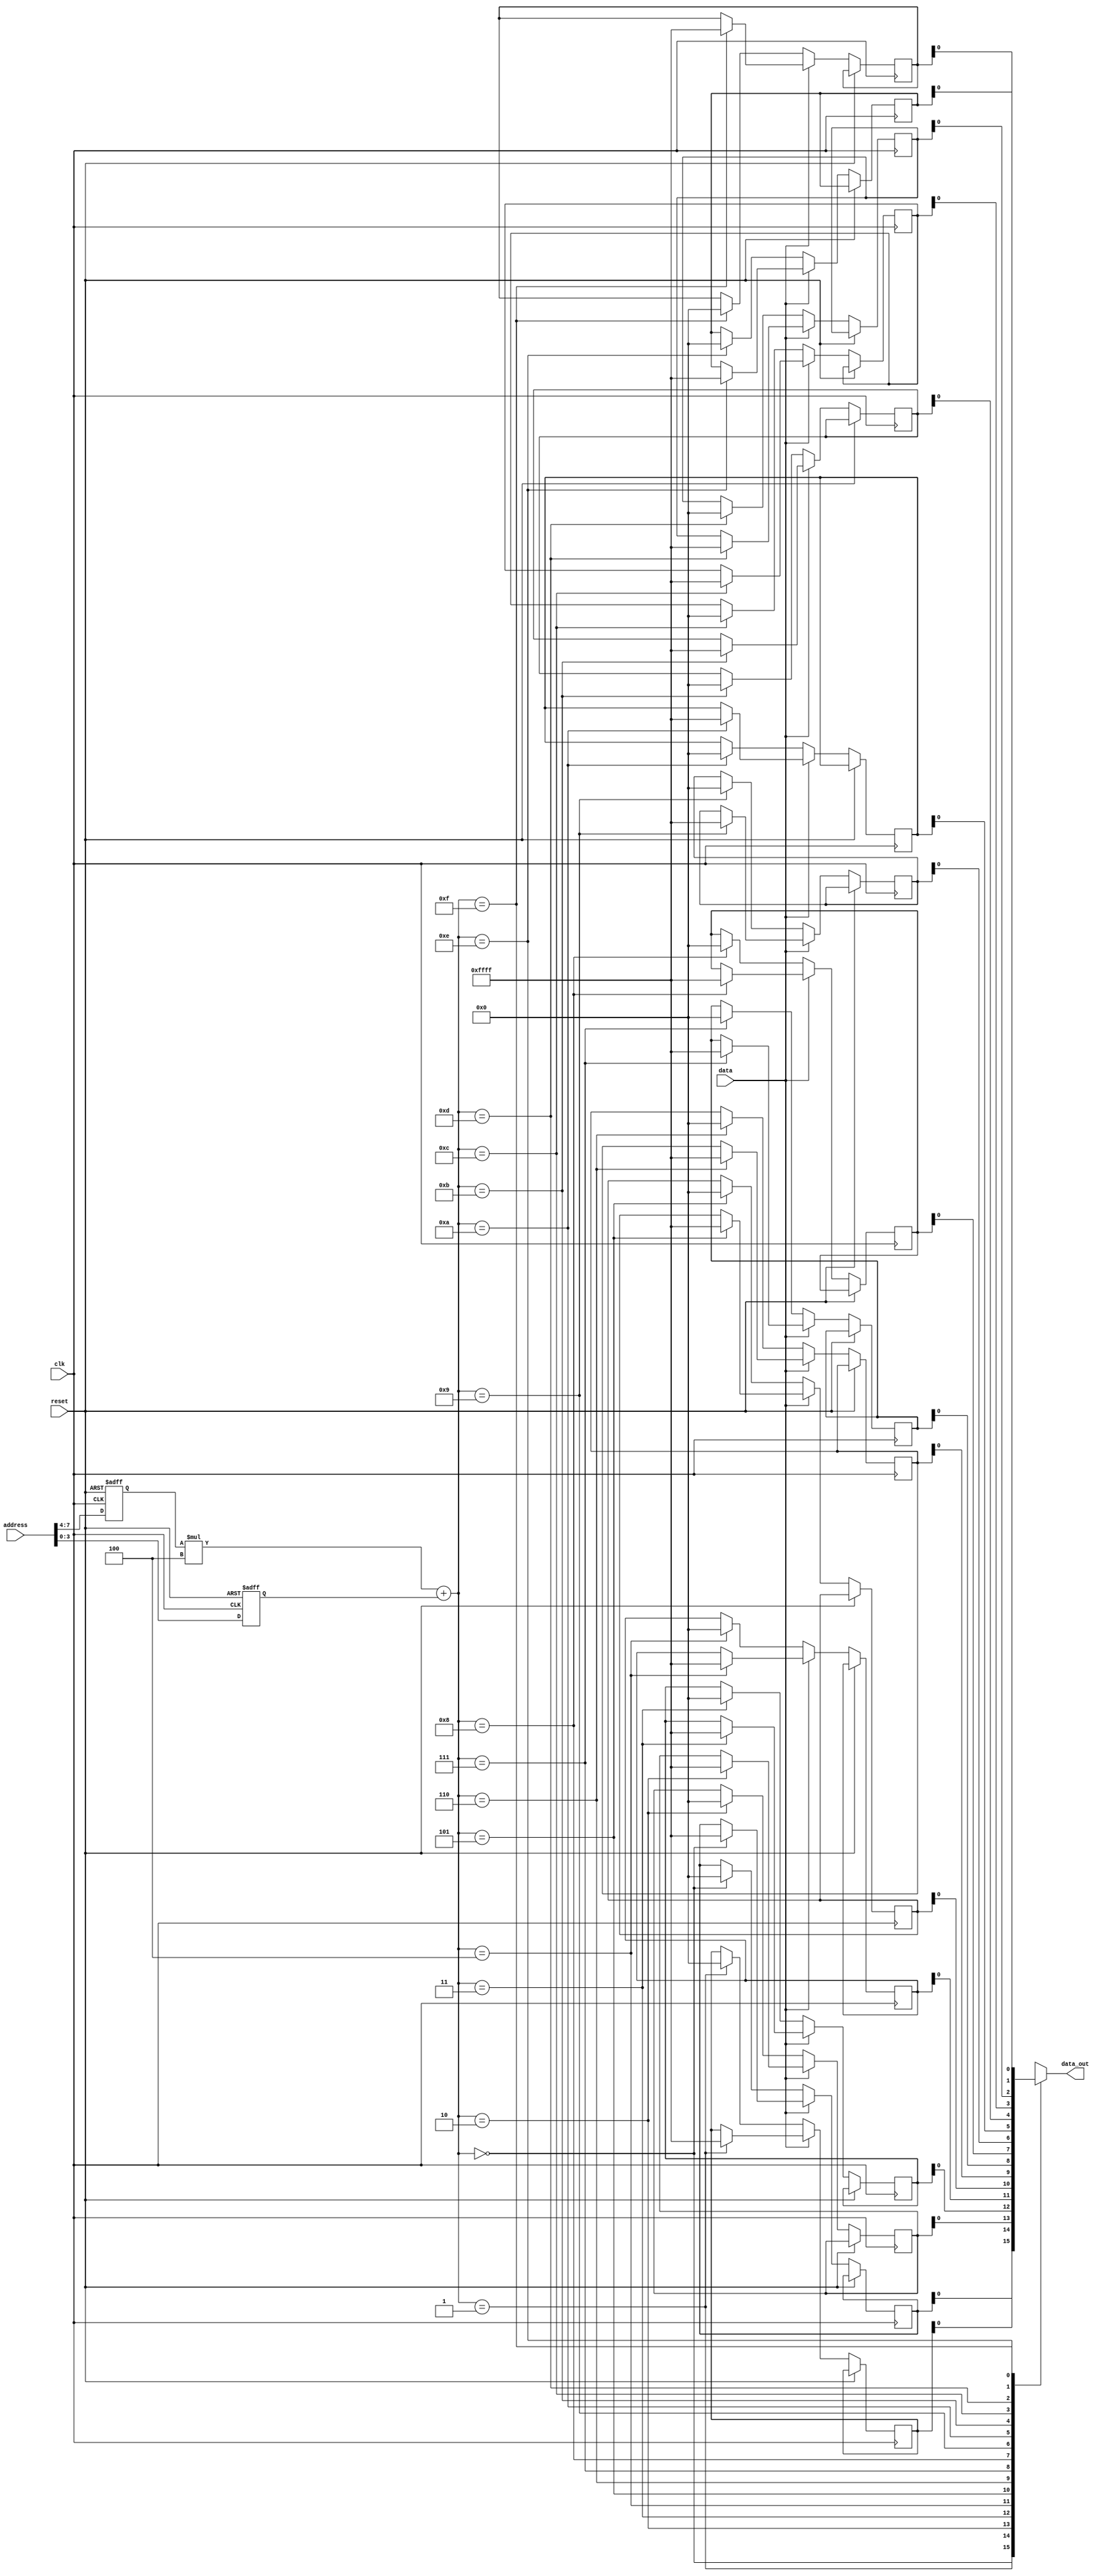
module anti_fuse_ROM (
  input wire clk,
  input wire reset,
  input wire [9:0] address,
  input wire data,
  output reg data_out
);

reg [3:0] row;
reg [3:0] column;
reg [15:0] memory [15:0];

always @(posedge clk or posedge reset) begin
  if (reset) begin
    row <= 0;
    column <= 0;
  end else begin
    row <= address[7:4];
    column <= address[3:0];
    
    if (data) begin
      memory[(row*4)+column] <= 16'hFFFF;
    end else begin
      memory[(row*4)+column] <= 16'h0000;
    end
  end
end

always @* begin
  data_out = memory[(row*4)+column];
end

endmodule